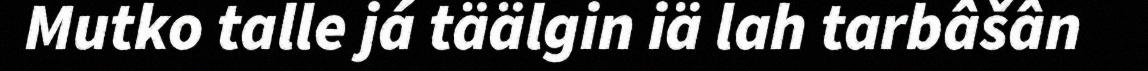
Mutko talle já täälgin iä lah tarbâšân